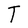
Character: T